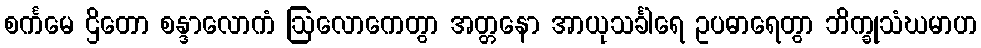
စင်္ကမေ ဌိတော စန္ဒာလောကံ ဩလောကေတွာ အတ္တနော အာယုသင်္ခါရေ ဥပဓာရေတွာ ဘိက္ခုသံဃမာဟ